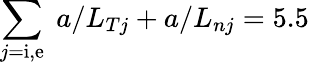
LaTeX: \sum_{j=\mathrm{i,e}}\; a/L_{Tj}+a/L_{nj}=5.5